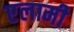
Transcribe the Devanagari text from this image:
एलामी